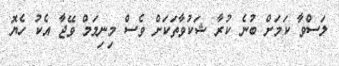
ލަސްވާ ކަމަށް ބުނެ ކުރާ ޝަކުވާތަކަށް ވެސް މިނިމަމް ވޭޖާ އެކު ހެޔޮ